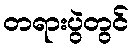
တရားပွဲတွင်